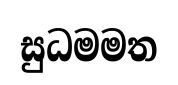
සුධමමත